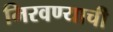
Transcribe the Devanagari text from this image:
मिरवण्याची